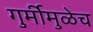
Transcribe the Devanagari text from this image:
गुर्मीमुळेच